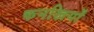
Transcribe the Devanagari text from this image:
कनखियों